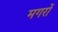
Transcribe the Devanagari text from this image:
मगरों